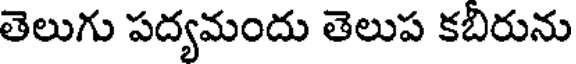
తెలుగు పద్యమందు తెలుప కబిరును